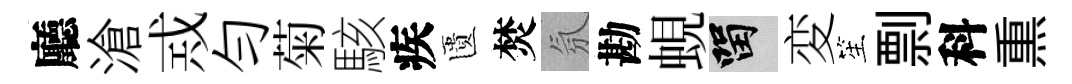
廳滄𢦶勻菊駭疾匱焚氛勘蜆留変笙剽科𤋱